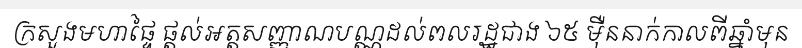
ក្រសួងមហាផ្ទៃ ផ្តល់អត្តសញ្ញាណបណ្ណដល់ពលរដ្ឋជាង ៦៥ ម៉ឺននាក់កាលពីឆ្នាំមុន